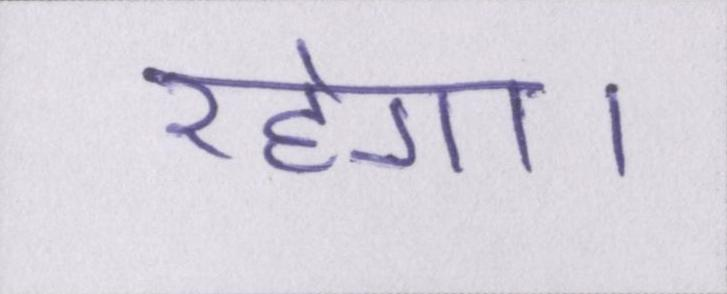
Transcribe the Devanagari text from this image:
रहेगा।